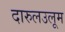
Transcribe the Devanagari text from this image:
दारुलउलूम